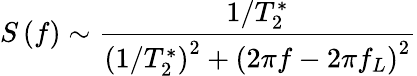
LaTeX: S\left(f\right)\sim\frac{1/T_{2}^{*}}{\left(1/T_{2}^{*}\right)^{2}+\left(2\pi f-2\pi f_{L}\right)^{2}}